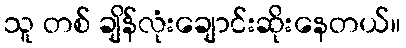
သူ တစ် ချိန်လုံးချောင်းဆိုးနေတယ်။